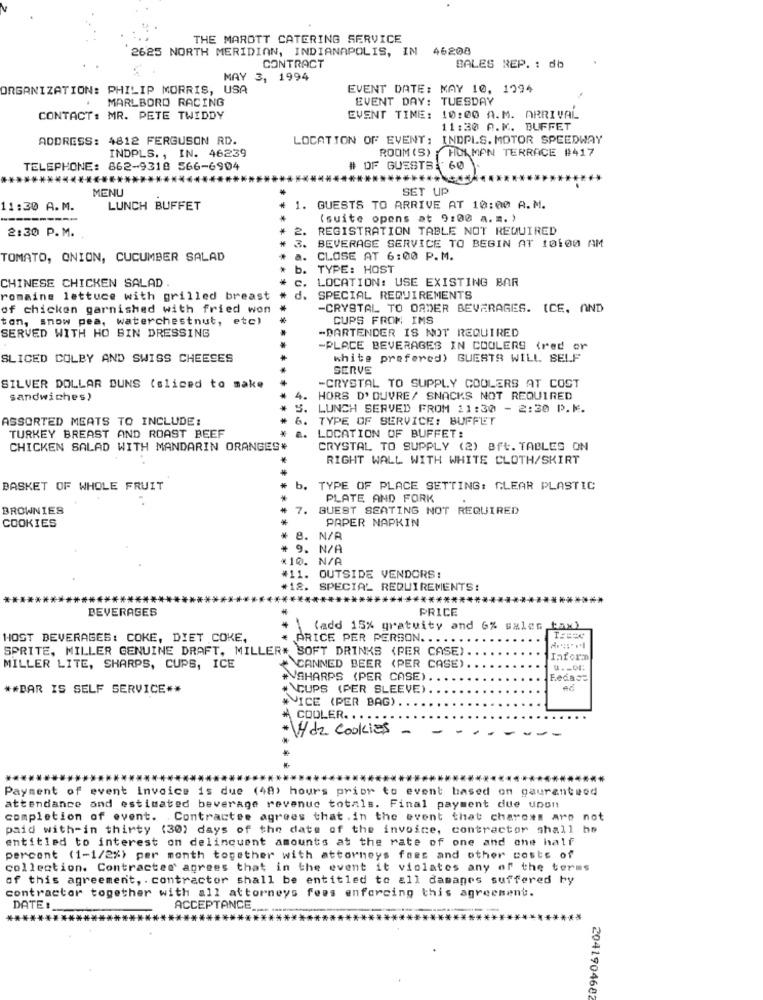
THE MAROTT CATERING SERVICE
2625 NORTH MERIDIAN, INDIANAPOLIS, IN
46208
CONTRACT
BALES REP. : db
MAY 3, 1994
ORGANIZATION: PHILIP MORRIS, USA
EVENT DATE: MAY 10, 1994
MARLBORO RACING
EVENT DAY: TUESDAY
CONTACT: MR. PETE TWIDDY
EVENT TIME: 10:00 A.M. ARRIVAL
11:30 A.K. BUFFET
ADDRESS: 4812 FERGUSON RD.
LOCATION OF EVENT: INDPLS. MOTOR SPEEDWAY
INDPLS ., IN. 46239
ROOM(3) HOLMAN TERRACE #417
TELEPHONE: 862-9318 566-6904
# OF GUESTS: 60
MENU
SET UP
11:30 A.M.
LUNCH BUFFET
1. GUESTS TO ARRIVE AT 10:00 A.M.
(suite opens at 9:00 a.m. )
2:30 P.M.
REGISTRATION TABLE NOT REQUIRED
BEVERAGE SERVICE TO BEGIN AT 10:00 AM
TOMATO, ONION, CUCUMBER SALAD
CLOSE AT 6:00 P.M.
b.
TYPE: HOST
CHINESE CHICKEN SALAD .
LOCATION: USE EXISTING BAR
romaine lettuce with grilled breast
SPECIAL REQUIREMENTS
of chicken garnished with fried won
-CRYSTAL TO ORDER BEVERAGES. ICE. AND
ton, snow pea, waterchestnut, etc)
CUPS FROM IMS
-BARTENDER IS NOT REQUIRED
SERVED WITH HO BIN DRESSING
-PLACE BEVERAGES IN COOLERS (red or
SLICED COLBY AND SWISS CHEESES
white prefered) GUESTS WILL SELF
SERVE
-CRYSTAL TO SUPPLY COOLERS AT COST
SILVER DOLLAR DUNS (sliced to make
sandwiches?
HORS D' OUVRE/ SNACKS NOT REQUIRED
LUNCH SERVED FROM 11:30 - 2:30 P.M.
ASSORTED MEATS TO INCLUDE:
TYPE OF SERVICE: BUFFET
TURKEY BREAST AND ROAST BEEF
a.
LOCATION OF BUFFET:
CHICKEN SALAD WITH MANDARIN ORANGES*
CRYSTAL TO SUPPLY (2) Bft. TABLES ON
RIGHT WALL WITH WHITE CLOTH/SKIRT
BASKET OF WHOLE FRUIT
b.
TYPE OF PLACE SETTING: CLEAR PLASTIC
PLATE AND FORK
BROWNIES
GUEST SEATING NOT REQUIRED
PAPER NAPKIN
COOKIES
9. N/A
*10. N/A
#11. OUTSIDE VENDORS:
#18. SPECIAL REQUIREMENTS:
******
BEVERAGES
PRICE
(add 15% gratuity and 6% sales tax)
HOST BEVERAGES: COKE, DIET COKE,
PRICE PER PERSON .....
SPRITE, MILLER GENUINE DRAFT, MILLER# SOFT DRINKS (PER CASE)
Informa
MILLER LITE, SHARPS, CUPS, ICE
CANNED BEER (PER CASE)
#SHARPS (PER CASE)
Fedacc
** BAR IS SELF SERVICE **
NCUPS (PER SLEEVE)
WICE (PER BAG) ..
COOLER. ...
4 de Cookies
--
.....
Payment of event Invoice is due (48) hours prior to event based on gauranteod
attendance and estimated beverage revenuc totals. Final payment due upon
completion of event. . Contractse agrees that .in the event that chareas are not
paid with-in thirty (30) days of the date of the invoice, contractor shall ho
entitled to interest on delinquent amounts at the rate of one and one half
percent (1-1/2%) per month together with attorneys fees and other costs of
collection. Contracter agrees that in the event it violates any of the terms
of this agreement, . contractor shall be entitled to all damages suffered by
contractor together with all attorneys fees enforcing this agreement.
DATE :
ACCEPTANCE
*****
2041904682